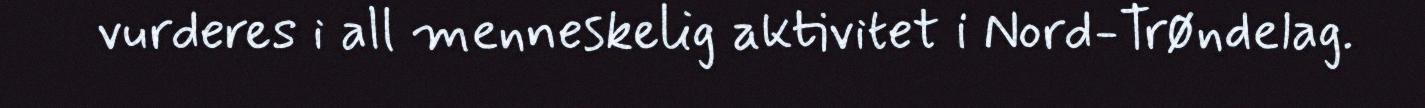
vurderes i all menneskelig aktivitet i Nord-Trøndelag.